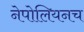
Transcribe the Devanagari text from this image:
नेपोलियनच